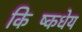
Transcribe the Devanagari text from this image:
किष्किंधेय